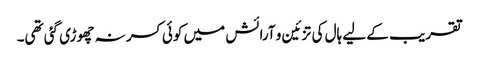
تقریب کے لیے ہال کی تزئین و آرائش میں کوئی کسر نہ چھوڑی گئی تھی۔